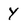
Character: Y